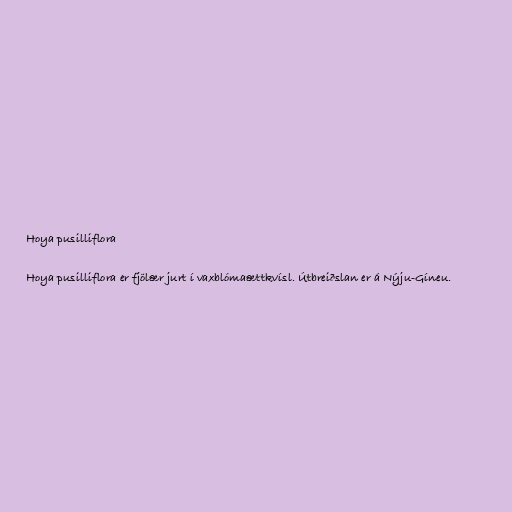
Hoya pusilliflora

Hoya pusilliflora er fjölær jurt í vaxblómaættkvísl. Útbreiðslan er á Nýju-Gíneu.